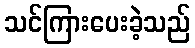
သင်ကြားပေးခဲ့သည်